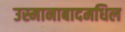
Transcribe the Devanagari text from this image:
उस्मानाबादमधिल